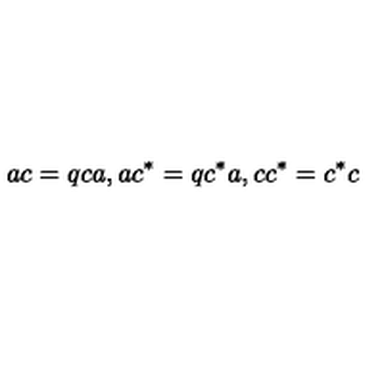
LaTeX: a c = q c a , a c ^ { * } = q c ^ { * } a , c c ^ { * } = c ^ { * } c